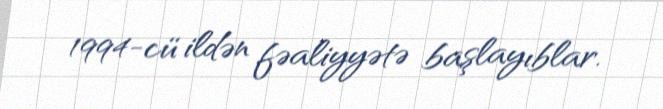
1994-cü ildən fəaliyyətə başlayıblar.